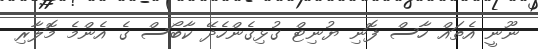
ނޫނީ އެތައް ހާސް ފޮނި ޔުނިޓް ގުޅިގެންހެދޭ ކާބޯސް ގެ އެންމެ މޮލާރި